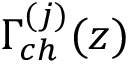
\Gamma _ { c h } ^ { ( j ) } ( z )